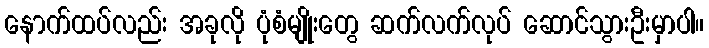
နောက်ထပ်လည်း အခုလို ပုံစံမျိုးတွေ ဆက်လက်လုပ် ဆောင်သွားဦးမှာပါ။